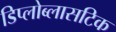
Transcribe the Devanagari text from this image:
डिप्लोब्लासटिक